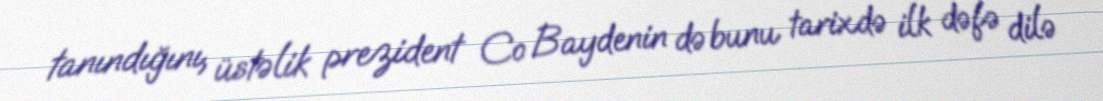
tanındığını, üstəlik prezident Co Baydenin də bunu tarixdə ilk dəfə dilə